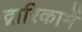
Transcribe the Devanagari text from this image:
द्वारिकामें